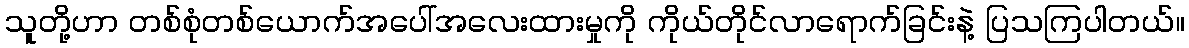
သူတို့ဟာ တစ်စုံတစ်ယောက်အပေါ်အလေးထားမှုကို ကိုယ်တိုင်လာရောက်ခြင်းနဲ့ ပြသကြပါတယ်။